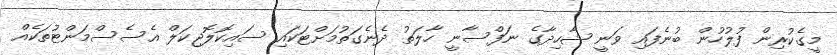
މީގެކުރިން ފުލުހުން ބުނެފައި ވަނީ ޝާހިދާގެ ނަފްސާނީ ހާލަތު ދެނެގަތުމަށްޓަކައި ސައިކޮލޮޖިކަލް އެސެސްމަންޓުތަކެއް